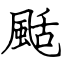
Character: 颳